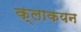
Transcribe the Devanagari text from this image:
क्लाकयन